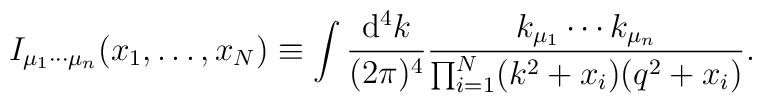
I_{\mu_1\cdots\mu_n}(x_1,\ldots,x_N) \equiv\int \frac{\mathrm{d}^4 k}          {(2\pi)^4}\frac{ k_{\mu_1} \cdots k_{\mu_n} }     {\prod_{i=1}^{N}(k^2 + x_i )(q^2 + x_i )}.